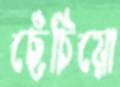
ছেঁচিয়ো